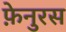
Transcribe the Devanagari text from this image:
फ़ेनुरस